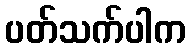
ပတ်သက်ပါက